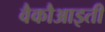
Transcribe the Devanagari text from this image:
वैकौआइती